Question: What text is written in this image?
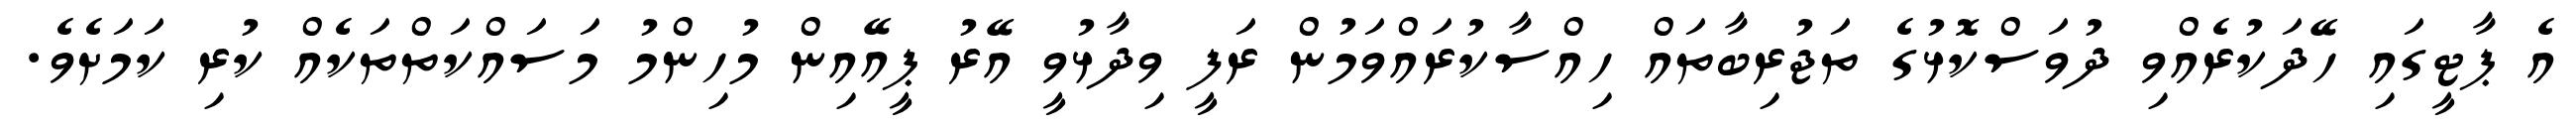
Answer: އެ ޕާޓީގައި ހޭދަކުރެއްވި ދުވަސްކޮޅުގެ ތަޖުރިބާތައް ހިއްސާކުރައްވަމުން ރަފީ ވިދާޅުވީ އޭރު ޕީއޭއިން މުހިންމު މަސައްކަތްތަކެއް ކުރި ކަމަށެވެ.